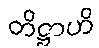
တိဋ္ဌာဟိ